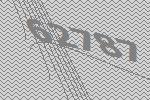
62787